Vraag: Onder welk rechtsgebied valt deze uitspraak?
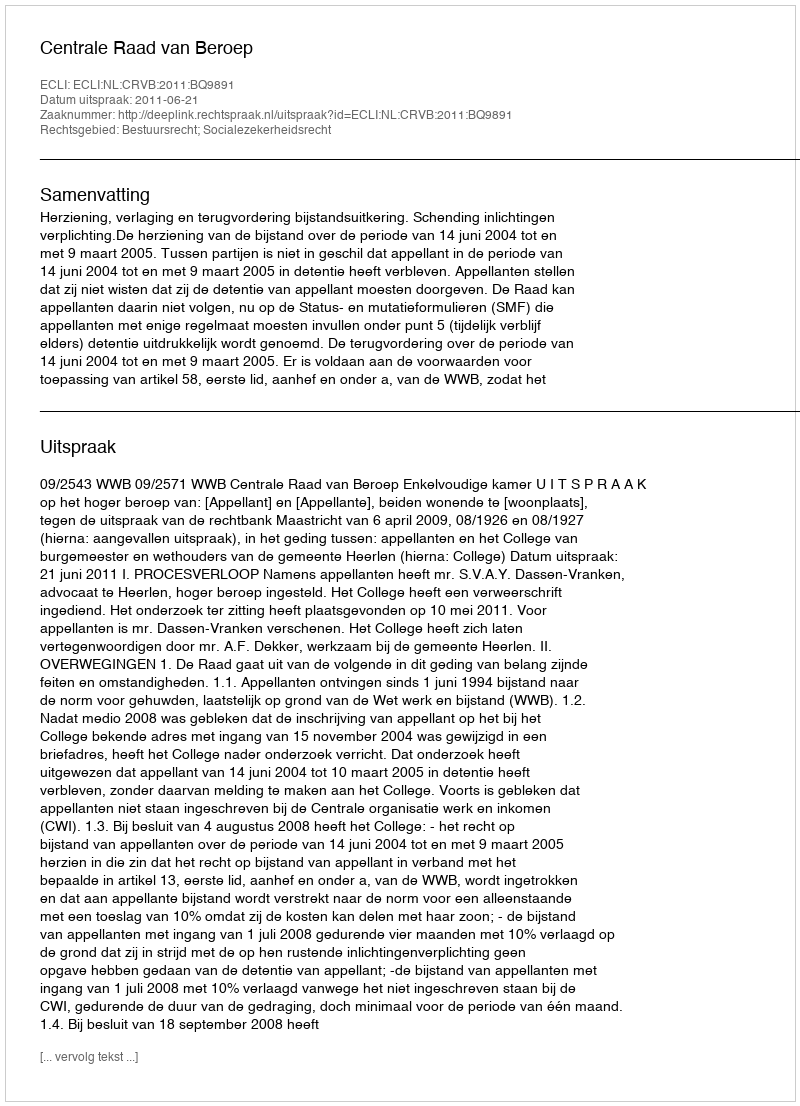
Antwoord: Bestuursrecht; Socialezekerheidsrecht